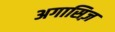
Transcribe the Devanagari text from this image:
अगासिज़